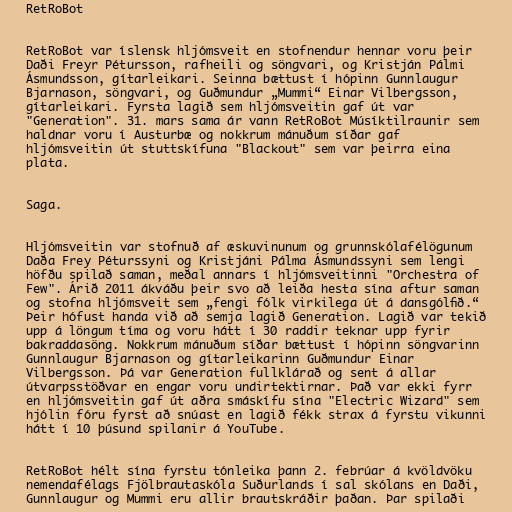
RetRoBot

RetRoBot var íslensk hljómsveit en stofnendur hennar voru þeir
Daði Freyr Pétursson, rafheili og söngvari, og Kristján Pálmi
Ásmundsson, gítarleikari. Seinna bættust í hópinn Gunnlaugur
Bjarnason, söngvari, og Guðmundur „Mummi“ Einar Vilbergsson,
gítarleikari. Fyrsta lagið sem hljómsveitin gaf út var
"Generation". 31. mars sama ár vann RetRoBot Músíktilraunir sem
haldnar voru í Austurbæ og nokkrum mánuðum síðar gaf
hljómsveitin út stuttskífuna "Blackout" sem var þeirra eina
plata.

Saga.

Hljómsveitin var stofnuð af æskuvinunum og grunnskólafélögunum
Daða Frey Péturssyni og Kristjáni Pálma Ásmundssyni sem lengi
höfðu spilað saman, meðal annars í hljómsveitinni "Orchestra of
Few". Árið 2011 ákváðu þeir svo að leiða hesta sína aftur saman
og stofna hljómsveit sem „fengi fólk virkilega út á dansgólfið.“
Þeir hófust handa við að semja lagið Generation. Lagið var tekið
upp á löngum tíma og voru hátt í 30 raddir teknar upp fyrir
bakraddasöng. Nokkrum mánuðum síðar bættust í hópinn söngvarinn
Gunnlaugur Bjarnason og gítarleikarinn Guðmundur Einar
Vilbergsson. Þá var Generation fullklárað og sent á allar
útvarpsstöðvar en engar voru undirtektirnar. Það var ekki fyrr
en hljómsveitin gaf út aðra smáskífu sína "Electric Wizard" sem
hjólin fóru fyrst að snúast en lagið fékk strax á fyrstu vikunni
hátt í 10 þúsund spilanir á YouTube.

RetRoBot hélt sína fyrstu tónleika þann 2. febrúar á kvöldvöku
nemendafélags Fjölbrautaskóla Suðurlands í sal skólans en Daði,
Gunnlaugur og Mummi eru allir brautskráðir þaðan. Þar spilaði